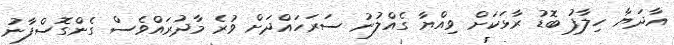
އާދަޔާ ހިލާފު ބޮޑު ރާޅަކަށް ވިއްޔާ ގެއްލުނު ސަރަހައްދަށް ވުރެ މާދުރައްވެސް ގެންގޮސްފާނު